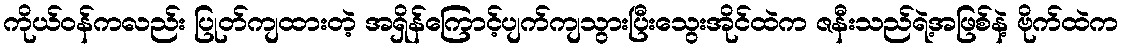
ကိုယ်ဝန်ကလည်း ပြုတ်ကျထားတဲ့ အရှိန်ကြောင့်ပျက်ကျသွားပြီးသွေးအိုင်ထဲက ဇနီးသည်ရဲ့အဖြစ်နဲ့ ဗိုက်ထဲက